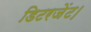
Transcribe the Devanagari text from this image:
डिटरजेंट।